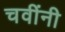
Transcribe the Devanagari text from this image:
चवींनी